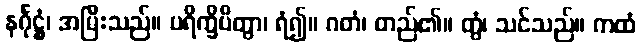
နင်္ဂုဋ္ဌံ၊ အမြီးသည်။ ပရိက္ခိပိတွာ၊ ရံ၍။ ဂတံ၊ တည်၏။ တွံ၊ သင်သည်။ ကထံ